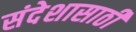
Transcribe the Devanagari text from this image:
संदेशासाठी